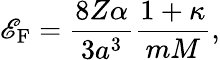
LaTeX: \mathscr{E}_{\mathrm{{F}}}=\frac{{8Z\alpha}}{{3a^{3}}}\frac{{1+\kappa}}{{mM}},